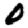
Digit: 0